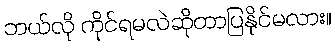
ဘယ်လို ကိုင်ရမလဲဆိုတာပြနိုင်မလား။